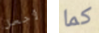
لأجعل كما